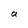
Character: a